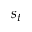
s _ { t }